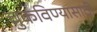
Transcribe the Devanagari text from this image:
चुकविण्यासाठी